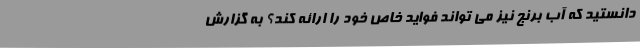
دانستید که آب برنج نیز می تواند فواید خاص خود را ارائه کند؟ به گزارش